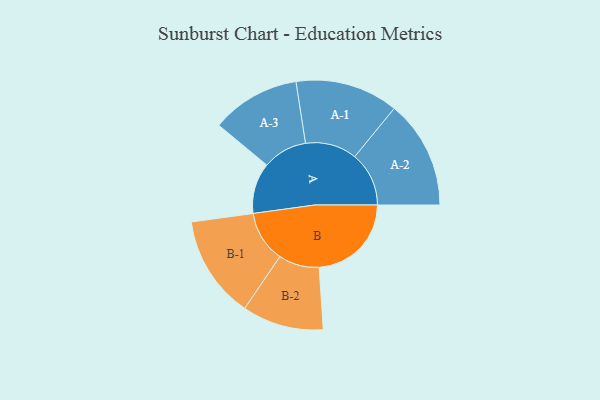
{"axis": {"x": "Segment", "y": "Value"}, "legend": ["", "A", "B"], "data": [{"x": "A", "y": 267, "type": ""}, {"x": "B", "y": 485, "type": ""}, {"x": "A-1", "y": 271, "type": "A"}, {"x": "A-2", "y": 285, "type": "A"}, {"x": "A-3", "y": 234, "type": "A"}, {"x": "B-1", "y": 270, "type": "B"}, {"x": "B-2", "y": 214, "type": "B"}]}